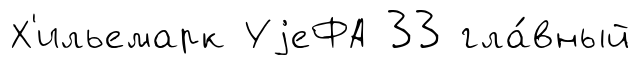
Х'ильемарк УjеФА 33 гла́вный